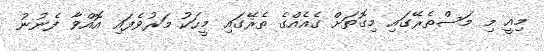
މިއީ މި މަސްތެރޭގައި މިގޮތަށް ގެއެއްގެ ތެރޭގައި މީހަކު މަރުވެފައި އޮއްވާ ފެނުނު